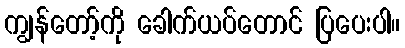
ကျွန်တော့်ကို ခေါက်ယပ်တောင် ပြပေးပါ။